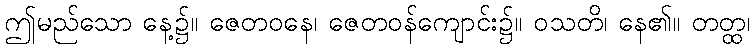
ဤမည်သော နေ့၌။ ဇေတဝနေ၊ ဇေတဝန်ကျောင်း၌။ ဝသတိ၊ နေ၏။ တတ္ထ၊